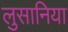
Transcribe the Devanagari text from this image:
लुसानिया